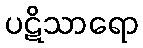
ပဋိသာရော